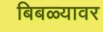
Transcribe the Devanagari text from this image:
बिबळ्यावर